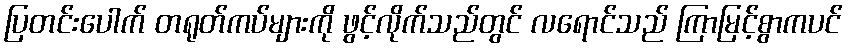
ပြတင်းပေါက် တရုတ်ကပ်များကို ဖွင့်လိုက်သည်တွင် လရောင်သည် ကြာမြင့်စွာကပင်